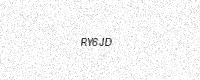
Text: RY6JD